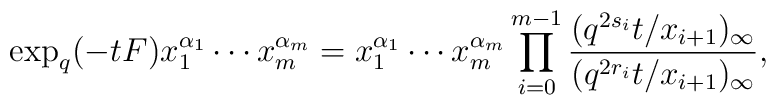
\exp_{q}(-tF)x_{1}^{\alpha_{1}}\cdots x_{m}^{\alpha_{m}}=x_{1}^{\alpha_{1}}\cdots x_{m}^{\alpha_{m}}\prod_{i=0}^{m-1}\frac{(q^{2s_{i}}t/x_{i+1})_{\infty}}{(q^{2r_{i}}t/x_{i+1})_{\infty}},